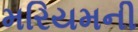
મરિયમની